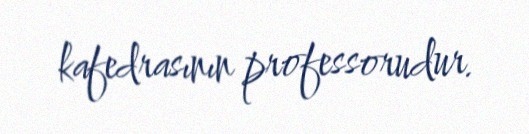
kafedrasının professorudur.